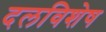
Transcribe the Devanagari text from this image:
दलविशेष